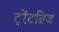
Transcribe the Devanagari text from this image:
ट्रेंटब्रिज